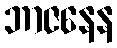
ဘာဇနေန